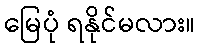
မြေပုံ ရနိုင်မလား။